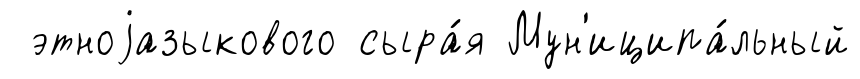
этноjазыкового сыра́я Мун'иципа́льный